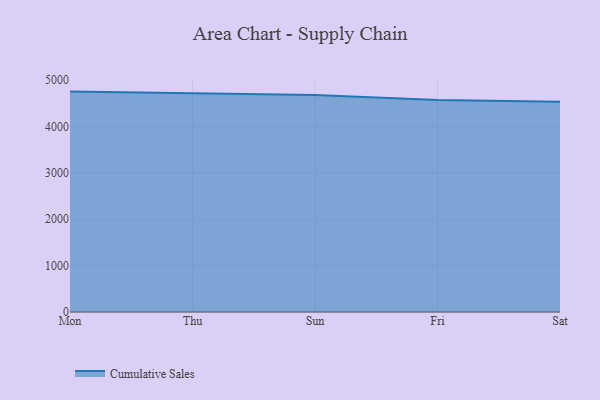
{"axis": {"x": "Day", "y": "Waste Production (Tons)"}, "legend": ["Cumulative Sales"], "data": [{"x": "Mon", "y": 4750.4, "type": "Cumulative Sales"}, {"x": "Thu", "y": 4715.4, "type": "Cumulative Sales"}, {"x": "Sun", "y": 4679.5, "type": "Cumulative Sales"}, {"x": "Fri", "y": 4569.0, "type": "Cumulative Sales"}, {"x": "Sat", "y": 4533.2, "type": "Cumulative Sales"}]}